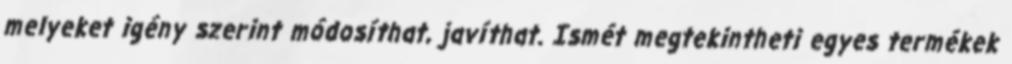
melyeket igény szerint módosíthat, javíthat. Ismét megtekintheti egyes termékek